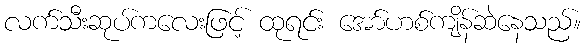
လက်သီးဆုပ်ကလေးဖြင့် ထုရင်း အော်ဟစ်ကျိန်ဆဲနေသည်။